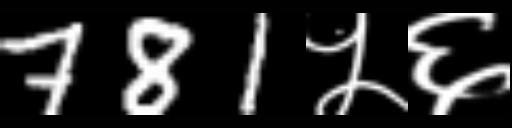
Text: 781५६